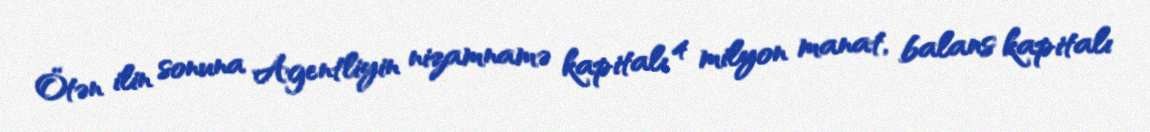
Ötən ilin sonuna Agentliyin nizamnamə kapitalı 4 milyon manat, balans kapitalı